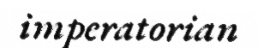
imperatorian